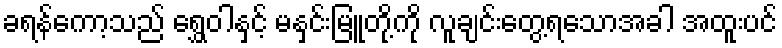
ခရန်ကော့သည် ရွှေဝါနှင့် မနှင်းမြူတို့ကို လူချင်းတွေ့ရသောအခါ အထူးပင်